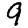
Digit: 9